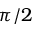
\pi / 2